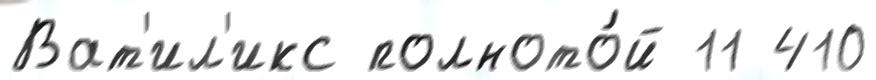
Ват'ил'икс полното́й 11 410